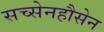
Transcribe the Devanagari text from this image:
सच्सेनहौसेन